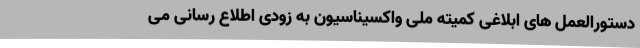
دستورالعمل های ابلاغی کمیته ملی واکسیناسیون به زودی اطلاع رسانی می